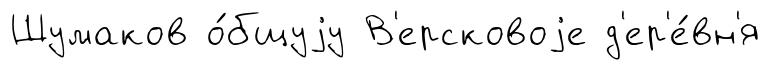
Шумаков о́бщуjу В'ерсковоjе д'ер'е́вн'я